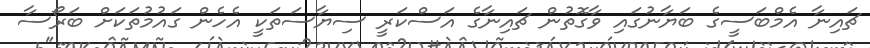
ޗައިނާ އެމްބަސީގެ ބަޔާނުގައި ވާގޮތުން ޗައިނާގެ އަސްކަރީ ސިޔާސަތަކީ އެހެން ގައުމުތަކަށް ބަރޯސާ